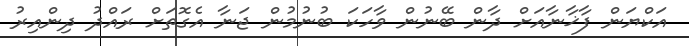
އަކްޔަން ފާޚާނާއަށް ދާން ބޭނުން ވާހަަކަ ބުނުމުން ޖަނާ އެގޮތަށް ރައްދު ދިންއިރު